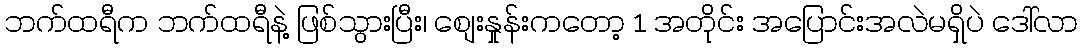
ဘက်ထရီက ဘက်ထရီနဲ့ ဖြစ်သွားပြီး၊ စျေးနှုန်းကတော့ 1 အတိုင်း အပြောင်းအလဲမရှိပဲ ဒေါ်လာ